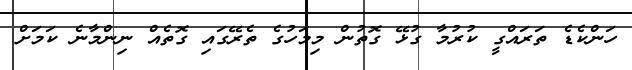
ހަންކެޑެ ތަރައްގީ ކުރުމާ ގުޅޭ ގޮތުން މިމަހުގެ ތެރޭގައި ގޮތެއް ނިންމާނެ ކަމަށް